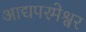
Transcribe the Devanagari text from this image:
आद्यपरमेश्वर